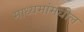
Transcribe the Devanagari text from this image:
माध्यमांमधील